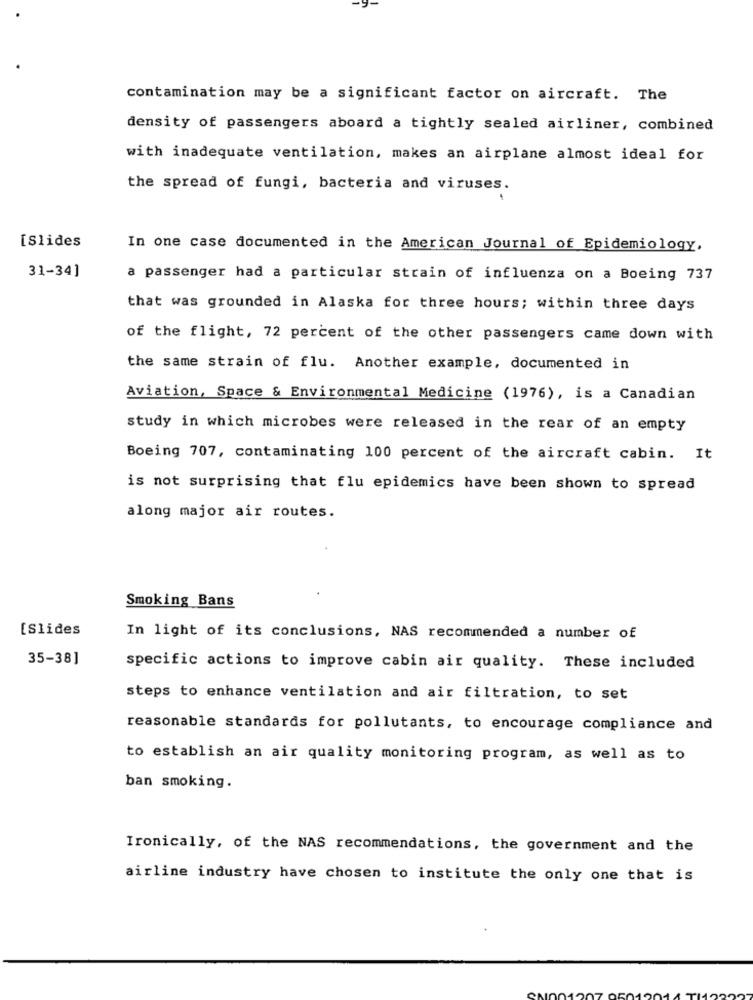
contamination may be a significant factor on aircraft. The
density of passengers aboard a tightly sealed airliner, combined
with inadequate ventilation, makes an airplane almost ideal for
the spread of fungi, bacteria and viruses.
[Slides
In one case documented in the American Journal of Epidemiology,
31-34]
a passenger had a particular strain of influenza on a Boeing 737
that was grounded in Alaska for three hours; within three days
of the flight, 72 percent of the other passengers came down with
the same strain of flu. Another example, documented in
Aviation, Space & Environmental Medicine (1976), is a Canadian
study in which microbes were released in the rear of an empty
Boeing 707, contaminating 100 percent of the aircraft cabin. It
is not surprising that flu epidemics have been shown to spread
along major air routes.
Smoking Bans
[Slides
In light of its conclusions, NAS recommended a number of
35-38]
specific actions to improve cabin air quality. These included
steps to enhance ventilation and air filtration, to set
reasonable standards for pollutants, to encourage compliance and
to establish an air quality monitoring program, as well as to
ban smoking.
Ironically, of the NAS recommendations, the government and the
airline industry have chosen to institute the only one that is